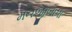
મનજીબાપા